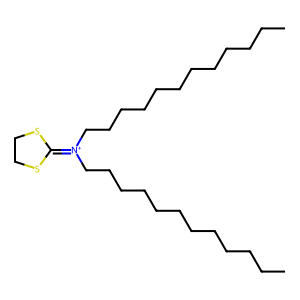
SMILES: CCCCCCCCCCCC[N+](CCCCCCCCCCCC)=C1SCCS1
Inhibits HIV replication: No